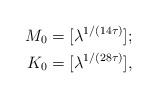
\begin{align*}M_0 &= [\lambda^{1/(14\tau)}]; \\K_0 &= [\lambda^{1/(28\tau)}],\end{align*}